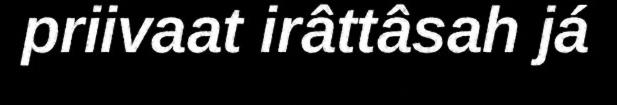
priivaat irâttâsah já